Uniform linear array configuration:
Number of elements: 32
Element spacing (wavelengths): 0.5
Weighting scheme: hann
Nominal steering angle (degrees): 0
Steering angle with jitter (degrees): -1.41
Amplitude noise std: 0.05
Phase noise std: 0.05

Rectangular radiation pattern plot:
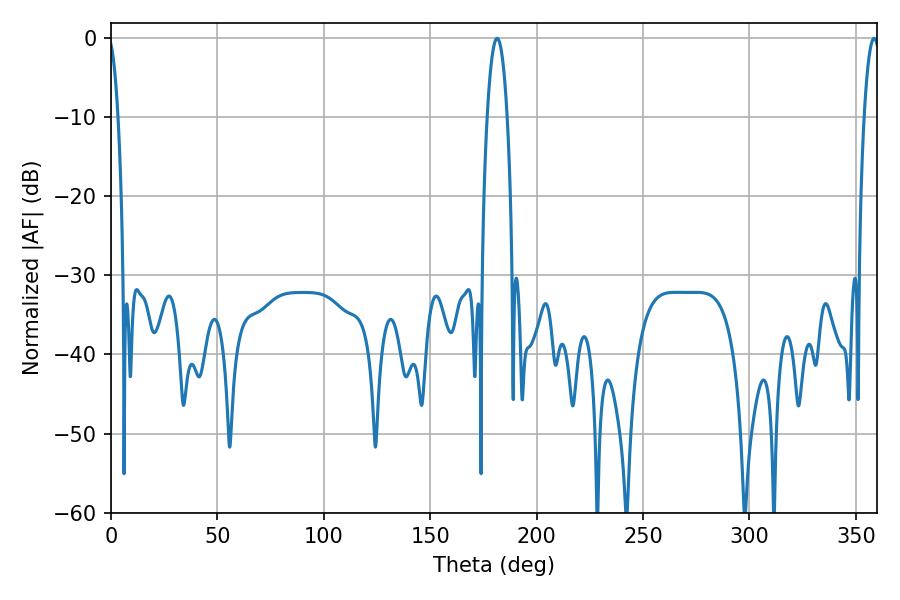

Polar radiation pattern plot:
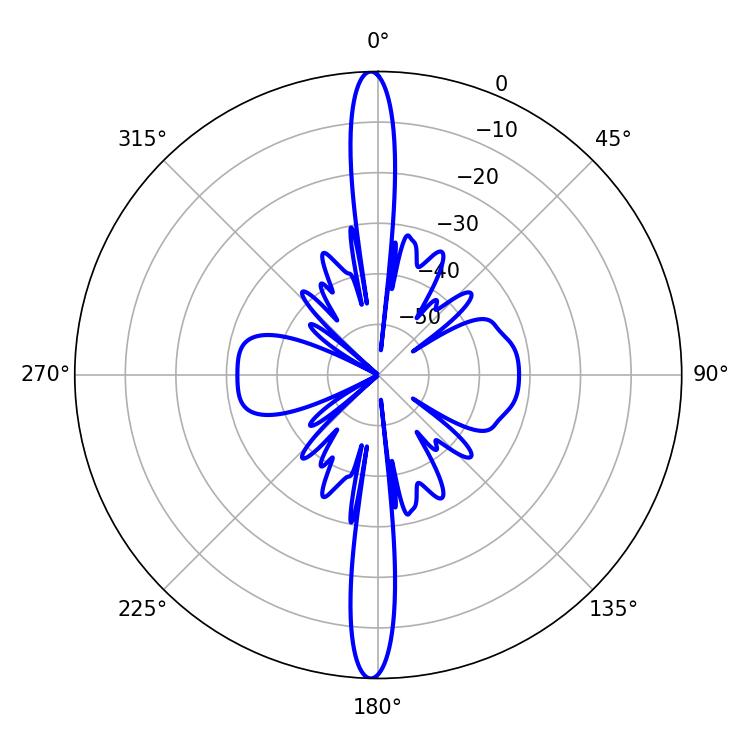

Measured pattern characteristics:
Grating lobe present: FALSE
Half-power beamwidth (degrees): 5.22
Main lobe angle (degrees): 181.44